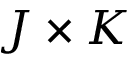
J \times K